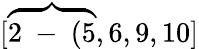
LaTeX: [\overbrace{2\mathrm{~-~}(5},6,9,10]